Vaccination in Bombay 1913-1923 - 1913-1923
Year: 1913
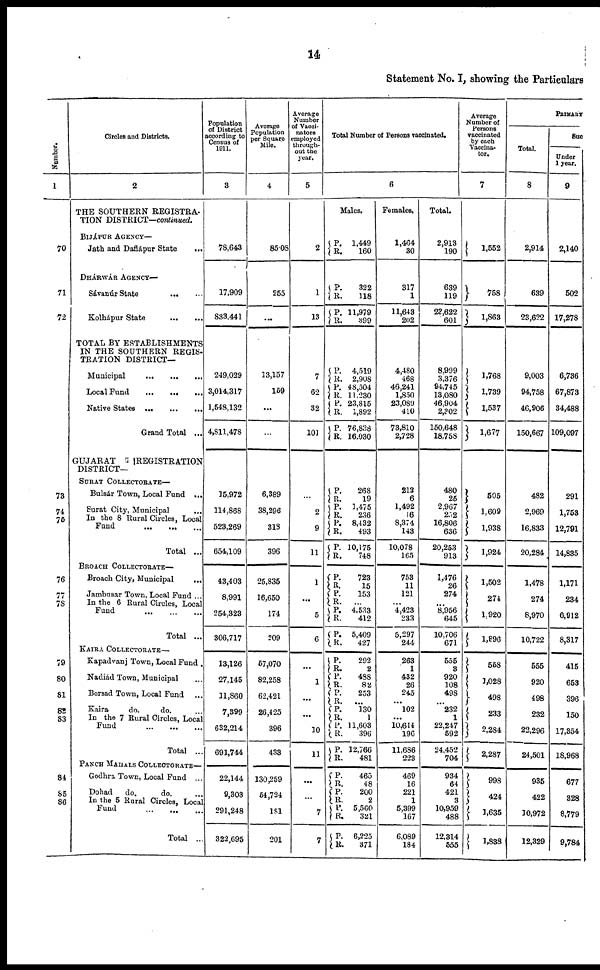
14
Statement No. I, showing the Particulars
Number.
1
70
71
72
73
74
75
76
77
78
79
80
81
82
83
84
85
86
Circles and Districts.
2
THE SOUTHERN REGISTRA¬
TION DISTRICT—continued.
BIJÁPUR AGENCY—
Jath and Daflápur State
...
DHÁRWÁR AGENCY—
Sávanúr State
...
...
Kolhápur State
...
...
TOTAL BY ESTABLISHMENTS
IN THE SOUTHERN REGIS¬
TRATION DISTRICT—
Municipal ... ... ...
Local Fund
...
...
...
Native States ...
...
...
Grand Total ...
GUJARAT
REGISTRATION
DISTRICT—
SURAT COLLECTORATE—
Bulsár Town, Local Fund ...
Surat City, Municipal ...
In the 8 Rural Circles, Local
Fund
...
... ...
Total ...
BROACH COLLECTORATE—
Broach City, Municipal
...
Jambusar Town, Local Fund ...
In the 6 Rural Circles, Local
Fund
...
...
...
Total ...
KAIRA COLLECTOTATE—
Kapadvanj Town, Local Fund .
Nadiád Town, Municipal ...
Borsad Town, Local Fund
...
Kaira
do.
do. ...
In the 7 Rural Circles, Local
Fund ... ... ...
Total ...
PANCH MAHALS COLLECTORATE—
Godhra Town, Local Fund ...
Dohad
do.
do. ...
In the 5 Rural Circles, Local
Fund
...
...
...
Total ...
Population
of District
according to
Census of
1911.
3
78,643
17,909
833,441
249,029
3,014,317
1,548,132
4,811,478
15,972
114,868
523,269
654,109
43,403
8,991
254,323
306,717
13,126
27,145
11,860
7,399
632,214
691,744
22,144
9,303
291,248
322,695
Average
Population
per Square
Mile.
4
85.08
255
...
13,157
159
...
...
6,389
38,296
318
396
25,835
16,650
174
209
57,070
82,258
62,421
26,425
396
433
130,259
54,724
181
201
Average
Number
of Vacci¬
nators
employed
through-
out the
year.
5
2
1
13
7
62
32
101
...
2
9
11
1
...
5
6
...
1
...
...
10
11
...
...
7
7
Total Number of Persons vaccinated.
6
Males.
P.
R.
1,449
160
P.
R.
P.
R.
322
118
11,979
399
P.
R.
P.
R. P.
R.
P.
R.
4,519
2,908
48,504
11,230
23,815
1,892
76,838
16,030
P.
R.
P.
R.
P.
R.
P.
R.
268
19
1,475
236
8,432
493
10,175
748
P.
R.
P.
R.
P.
R.
P.
R.
723
15
153
...
4,533
412
5,409
427
P.
R.
P.
R.
P.
R.
P.
R.
P.
R.
P.
R.
292
2
488
82
253
...
130
1
11,603
396
12,766
481
P.
R. P.
R. P.
R.
P.
R.
465
48
200
2
5,560
321
6,225
371
Females.
1,464
30
317
1
11,643
202
4,480
468
46,241
1,850
23,089
410
73,810
2,728
212
6
1,492
16
8,374
143
10,078
165
753
11
121
...
4,423
233
5,297
244
263
1
432
26
245
... 102
...
10,644
196
11,686
223
469
16
221
1
5,399
167
6,089
184
Total.
2,913
190
639
119
23,622
601
8,999
3,376
94,745
13,080
46,904
2,302
150,648
18,758
480
25
2,967
252
16,806
636
20,253
913
1,476
26
274
...
8,956
645
10,706
671
555
3
920
108
498
... 232
1
22,247
592
24,452
704
934
64
421
3
10,959
488
12,314
555
Average
Number of
Persons
vaccinated
by each
Vaccina¬
tor.
7
1,552
758
1,863
1,768
1,739
1,537
1,677
505
1,609
1,938
1,924
1,502
274
1,920
1,896
558
1,028
498
233
2,284
2,287
998
424
1,635
1,838
PRIMARY
Total.
8
2,914
639
23,622
9,003
94,758
46,906
150,667
482
2,969
16,833
20,284
1,478
274
8,970
10,722
555
920
498
232
22,296
24,501
935
422
10,972
12,329
Suc
under
1 year.
9
2,140
502
17,278
6,736
67,873
34,488
109,097
291
1,753
12,791
14,835
1,171
234
6,912
8,317
415
653
396
150
17,854
18,968
677
328
8,779
9,784